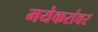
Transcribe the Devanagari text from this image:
मयेकरांवर